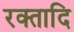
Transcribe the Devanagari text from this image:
रक्तादि